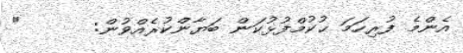
އެންމެ ފުރިހަމަ ޙުކުމްފުޅުކަން ބަޔާންކުރެއްވުން:      "